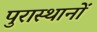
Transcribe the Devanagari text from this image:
पुरास्थानों